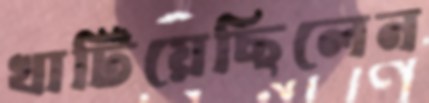
খাটিয়েছিলেন